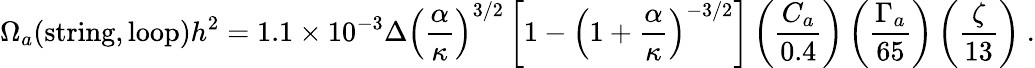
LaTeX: \Omega_{a}(\mathrm{string},\mathrm{loop})h^{2}=1.1\times 10^{-3}\Delta\left(\frac{\alpha}{\kappa}\right)^{3/2}\left[1-\left(1+\frac{\alpha}{\kappa}\right)^{-3/2}\right]\left(\frac{C_{a}}{0.4}\right)\left(\frac{\Gamma_{a}}{65}\right)\left(\frac{\zeta}{13}\right)\ .